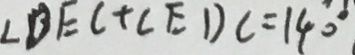
\angle D E C + \angle E D C = 1 4 0 ^ { \circ }